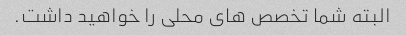
البته شما تخصص های محلی را خواهید داشت.